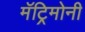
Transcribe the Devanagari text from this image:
मॅट्रिमोनी